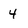
Character: 4